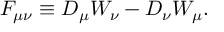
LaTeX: { \cal F } _ { \mu \nu } \equiv { \cal D } _ { \mu } { \cal W } _ { \nu } - { \cal D } _ { \nu } { \cal W } _ { \mu } .